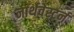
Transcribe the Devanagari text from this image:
नार्थवेस्टर्न